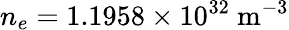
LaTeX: n_{e}=1.1958\times 10^{32}~\mathrm{m^{-3}}